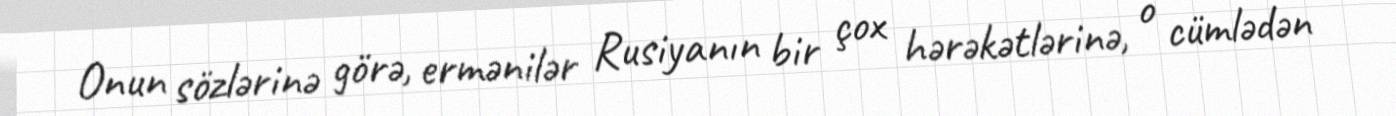
Onun sözlərinə görə, ermənilər Rusiyanın bir çox hərəkətlərinə, o cümlədən